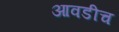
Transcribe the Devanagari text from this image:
आवडीच